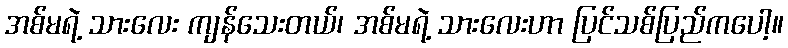
အစ်မရဲ့ သားလေး ကျန်သေးတယ်၊ အစ်မရဲ့ သားလေးဟာ ပြင်သစ်ပြည်ကပေါ့။